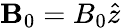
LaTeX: {\mathbf B_{0}}=B_{0}{\hat{z}}